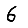
Digit: 6